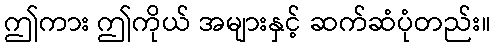
ဤကား ဤကိုယ် အများနှင့် ဆက်ဆံပုံတည်း။